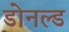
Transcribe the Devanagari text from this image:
डोनल्‍ड